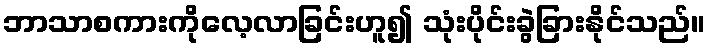
ဘာသာစကားကိုလေ့လာခြင်းဟူ၍ သုံးပိုင်းခွဲခြားနိုင်သည်။